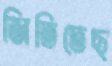
জিতিতেছ